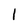
Character: 1